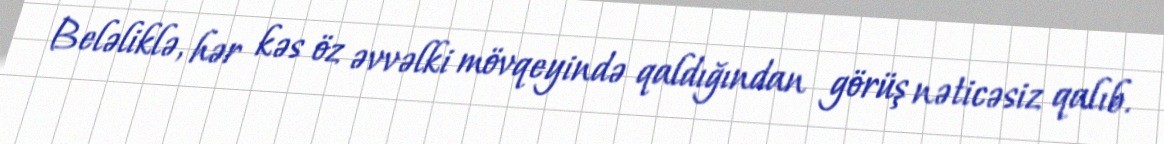
Beləliklə, hər kəs öz əvvəlki mövqeyində qaldığından görüş nəticəsiz qalıb.